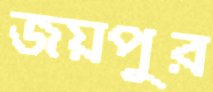
জয়পুর